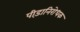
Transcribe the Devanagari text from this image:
पीड़ानिरोधक